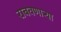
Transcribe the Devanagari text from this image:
राबवणाऱ्या